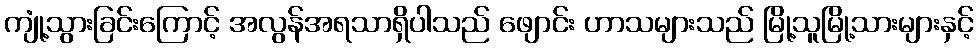
ကျုံ့သွားခြင်းကြောင့် အလွန်အရသာရှိပါသည် ဖျောင်း ဟာသများသည် မြို့သူမြို့သားများနှင့်